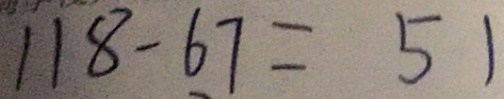
1 1 8 - 6 7 = 5 1